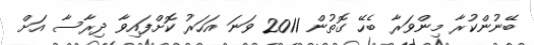
ބޭނުންކުރާ މިންވަރާ ބެހޭ ގޮތުން 2011 ވަނަ އަހަރު ކޮށްފައިވާ ދިރާސާ އަށް